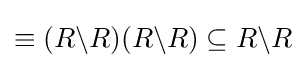
\equiv (R\backslash R)(R\backslash R)\subseteq R\backslash R